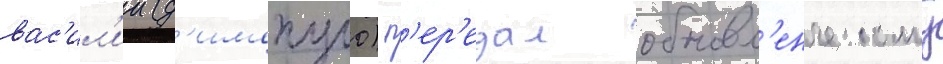
вас'ил'ии (д'имопуло) п'ер'едал обновл'енческому